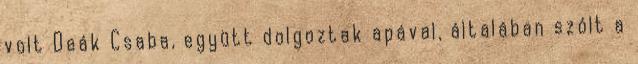
volt Deák Csaba, együtt dolgoztak apával, általában szólt a